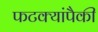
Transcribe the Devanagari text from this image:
फटक्यांपैकी